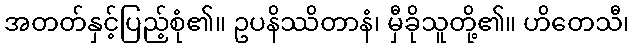
အတတ်နှင့်ပြည့်စုံ၏။ ဥပနိဿိတာနံ၊ မှီခိုသူတို့၏။ ဟိတေသီ၊